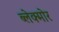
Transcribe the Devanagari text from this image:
ब्लेक्मोर